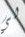
لي